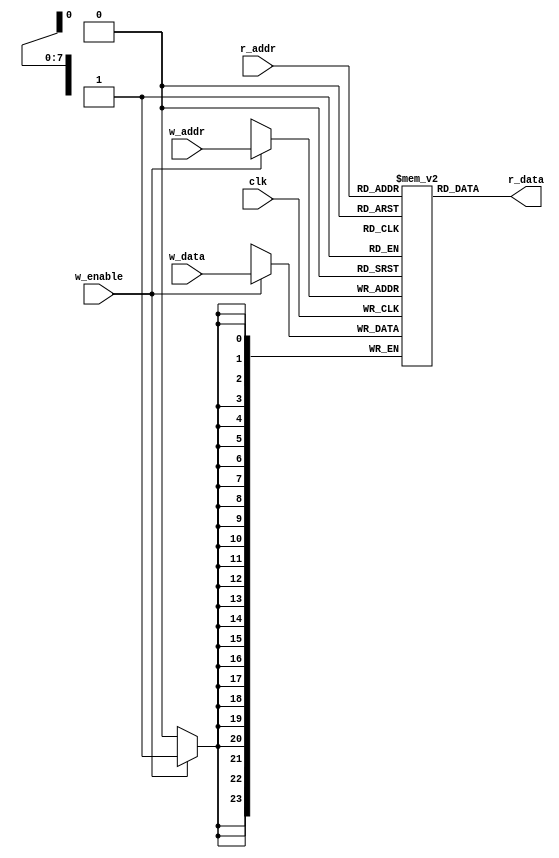
module memory_config(
        clk,
        r_addr,
        r_data,
        w_enable,
        w_addr,
        w_data
    );
    input clk;
    input w_enable;
    input [7:0] w_addr;
    input [7:0] r_addr;
    input [23:0] w_data;
    output wire [23:0] r_data;
    reg [23:0] my_memory [0:255]; //255 24bit wide register   
    
    always@(posedge clk)begin
        if (w_enable==1) begin
            my_memory[w_addr] <= w_data;
        end
    end
    assign r_data = my_memory[r_addr];
    
endmodule